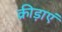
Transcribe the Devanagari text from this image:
क्रीड़ाएं